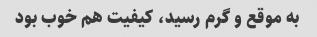
به موقع و گرم رسید، کیفیت هم خوب بود